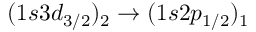
( 1 s 3 d _ { 3 / 2 } ) _ { 2 } \to ( 1 s 2 p _ { 1 / 2 } ) _ { 1 }